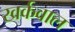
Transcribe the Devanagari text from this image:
खर्कवाल